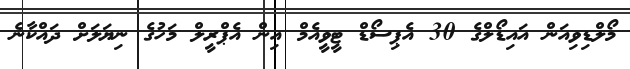
މޯލްޑިވިއަން އައިޑޯލްގެ 30 އެޕިސޯޑް ޓީވީއެމް އިން އެޕްރީލް މަހުގެ ނިޔަލަށް ދައްކާނެ